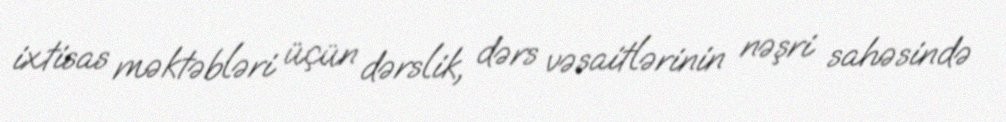
ixtisas məktəbləri üçün dərslik, dərs vəsaitlərinin nəşri sahəsində